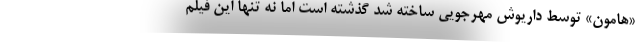
«هامون» توسط داریوش مهرجویی ساخته شد گذشته است اما نه تنها این فیلم